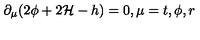
\partial _ { \mu } ( 2 \phi + 2 { \cal H } - h ) = 0 , \mu = t , \phi , r